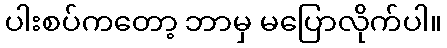
ပါးစပ်ကတော့ ဘာမှ မပြောလိုက်ပါ။